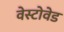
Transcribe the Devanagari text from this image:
वेस्टोवेड